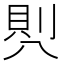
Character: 𭁒